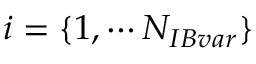
i = \{ 1 , \cdots N _ { I B v a r } \}